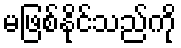
မဖြစ်နိုင်သည်ကို